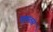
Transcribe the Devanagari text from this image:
प्लूस्तस